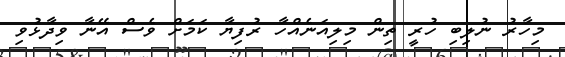
މިހާރު ނުލިބި ހުރީ ތިން މިލިއަނެއްހާ ރުފިޔާ ކަމަށް ވެސް އޭނާ ވިދާޅުވި